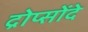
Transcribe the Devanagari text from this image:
द्रोप्सोंदे